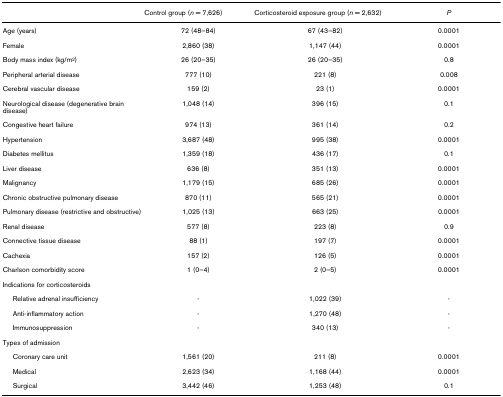
<table><thead><tr><td></td><td><b>Control group (<i>n </i>= 7,626)</b></td><td><b>Corticosteroid exposure group (<i>n </i>= 2,632)</b></td><td><b><i>P</i></b></td></tr></thead><tbody><tr><td>Age (years)</td><td>72 (48–84)</td><td>67 (43–82)</td><td>0.0001</td></tr><tr><td>Female</td><td>2,860 (38)</td><td>1,147 (44)</td><td>0.0001</td></tr><tr><td>Body mass index (kg/m<sup>2</sup>)</td><td>26 (20–35)</td><td>26 (20–35)</td><td>0.8</td></tr><tr><td>Peripheral arterial disease</td><td>777 (10)</td><td>221 (8)</td><td>0.008</td></tr><tr><td>Cerebral vascular disease</td><td>159 (2)</td><td>23 (1)</td><td>0.0001</td></tr><tr><td>Neurological disease (degenerative brain disease)</td><td>1,048 (14)</td><td>396 (15)</td><td>0.1</td></tr><tr><td>Congestive heart failure</td><td>974 (13)</td><td>361 (14)</td><td>0.2</td></tr><tr><td>Hypertension</td><td>3,687 (48)</td><td>995 (38)</td><td>0.0001</td></tr><tr><td>Diabetes mellitus</td><td>1,359 (18)</td><td>436 (17)</td><td>0.1</td></tr><tr><td>Liver disease</td><td>636 (8)</td><td>351 (13)</td><td>0.0001</td></tr><tr><td>Malignancy</td><td>1,179 (15)</td><td>685 (26)</td><td>0.0001</td></tr><tr><td>Chronic obstructive pulmonary disease</td><td>870 (11)</td><td>565 (21)</td><td>0.0001</td></tr><tr><td>Pulmonary disease (restrictive and obstructive)</td><td>1,025 (13)</td><td>663 (25)</td><td>0.0001</td></tr><tr><td>Renal disease</td><td>577 (8)</td><td>223 (8)</td><td>0.9</td></tr><tr><td>Connective tissue disease</td><td>88 (1)</td><td>197 (7)</td><td>0.0001</td></tr><tr><td>Cachexia</td><td>157 (2)</td><td>126 (5)</td><td>0.0001</td></tr><tr><td>Charlson comorbidity score</td><td>1 (0–4)</td><td>2 (0–5)</td><td>0.0001</td></tr><tr><td>Indications for corticosteroids</td><td></td><td></td><td></td></tr><tr><td> Relative adrenal insufficiency</td><td>-</td><td>1,022 (39)</td><td>-</td></tr><tr><td> Anti-inflammatory action</td><td>-</td><td>1,270 (48)</td><td>-</td></tr><tr><td> Immunosuppression</td><td>-</td><td>340 (13)</td><td>-</td></tr><tr><td>Types of admission</td><td></td><td></td><td></td></tr><tr><td> Coronary care unit</td><td>1,561 (20)</td><td>211 (8)</td><td>0.0001</td></tr><tr><td> Medical</td><td>2,623 (34)</td><td>1,168 (44)</td><td>0.0001</td></tr><tr><td> Surgical</td><td>3,442 (46)</td><td>1,253 (48)</td><td>0.1</td></tr></tbody></table>